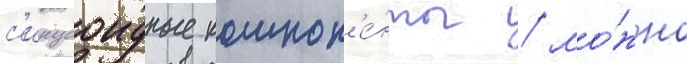
с'инусоидные компон'е́нты / мо́жно